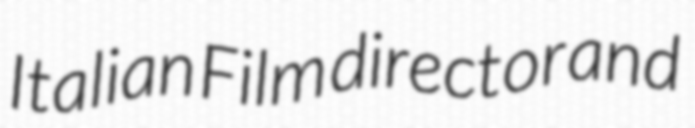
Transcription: Italian Film director and